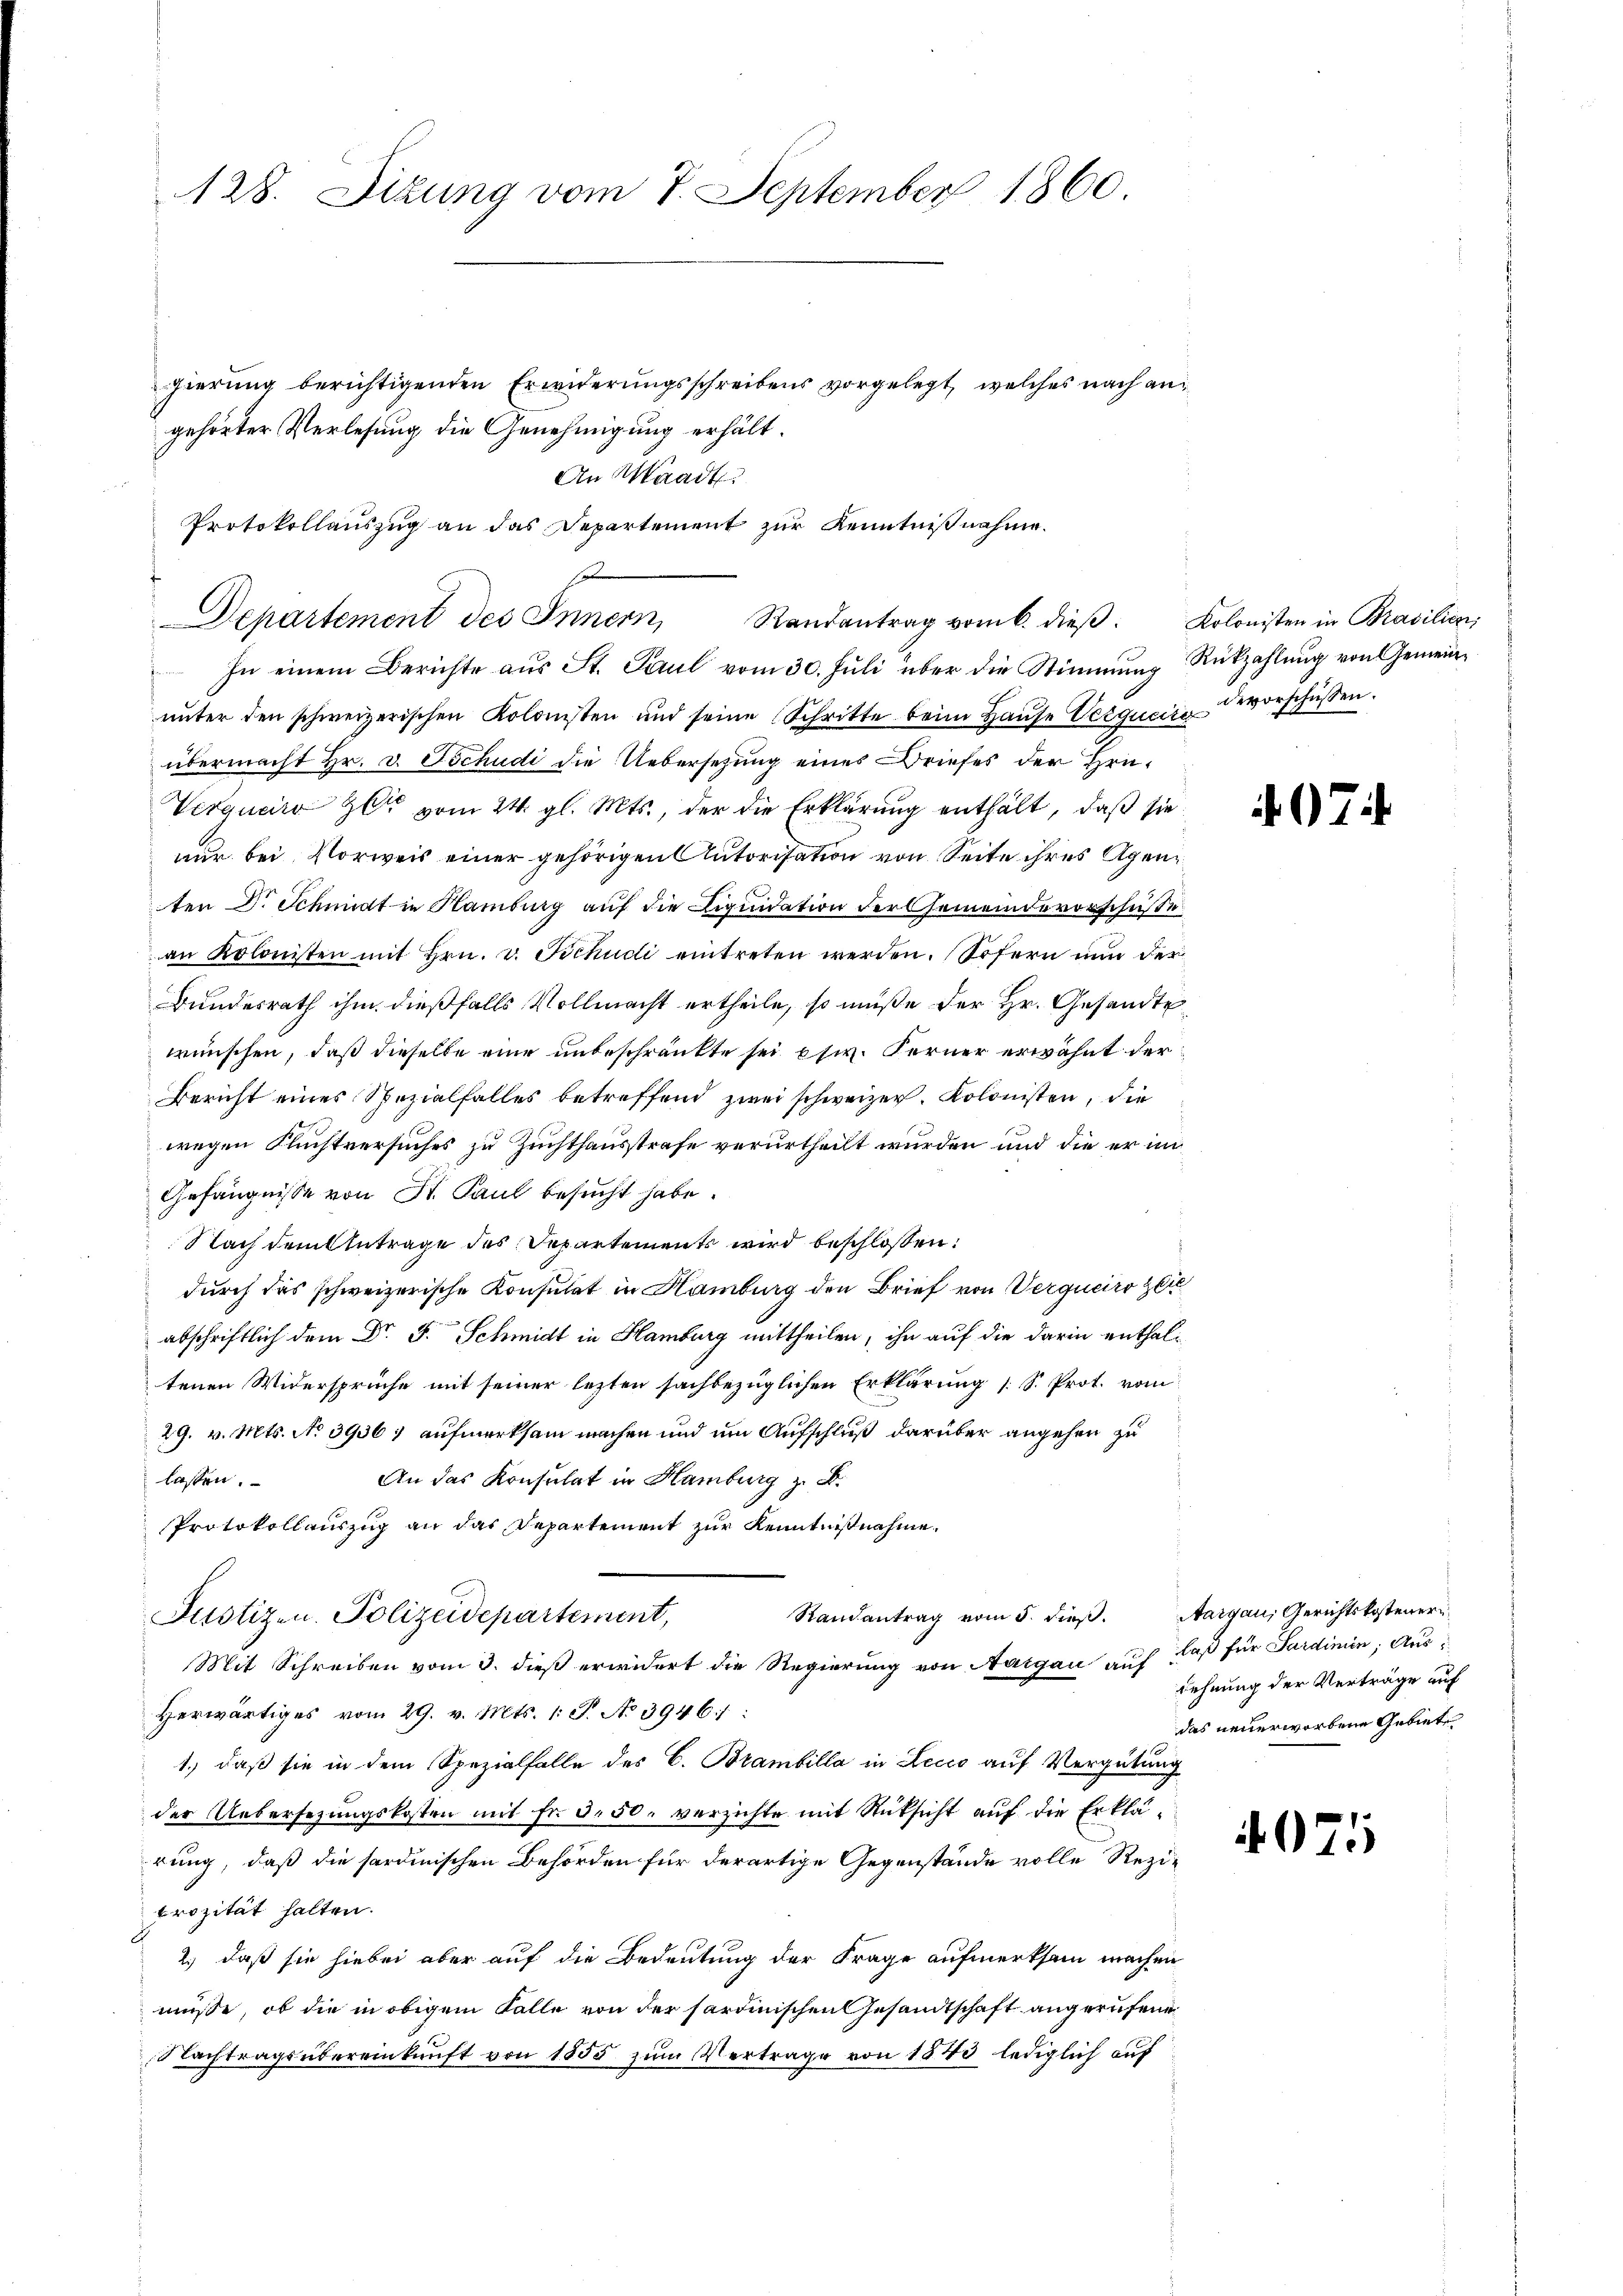
128. Situng vom 7. September 1860.

gierŭng berichtigenden Erwiderŭngsschreibens vorgelegt, welches nach an-
gehörter Verlesung die Genehmigung erhält.
An Waadt
Protokollauszug an das Departement zur Kenntniß nahme.

s
Departement des Innern Randantrag vom 6. dieβ. Kolonisten in Brasilien

In einem Berichte aŭs St. Paul vom 30. Jŭli über die Stimmung Rükzahlŭng von Gemeinŭnter den schweizerischen Kolonisten und seine Schritte beim Haŭse Vergucire vorschüssen.
übermacht Hr. v. Tschudi die Uebersetzung eines Briefes der Hrn.
Verquero zu vom 24. gl. Mts., der die Erklärung enthält, daß sie
nur bei Vorweis einer gehörigen Autorisation von Seite ihres Agen
ten Dr. Schmidt in Hamburg auf die Liquidation der Gemeindevorschüsse
an Kolonisten mit Hrn. v. Tschudi eintreten werden. Sofern nun der
Bundesrath ihm dießfalls Vollmacht ertheile, so müße der Hr. Gesandte
wünschen, daß dieselbe eine unbeschränkte sei esw. Ferner erwähnt der
Bericht eines Spezialfalles betreffend zwei schweizer. Kolonisten, die
wegen Fluchtversuches zu Zuchthausstrafe verurtheilt wurden und die er im
Gefängnisse von St. Paul besucht habe.
Nach dem Antrage des Departements wird beschlossen:
durch das schweizerische Konsulat in Hamburg den Brief von Vergueiro Zeic
abschriftlich dem Dr. F. Schmidt in Hamburg mittheilen, ihn auf die darin enthaltenen Widersprüche mit seiner letzten sachbezüglichen Erklärung (: S. Prot. vom
29. v. Mts. No 3936) aufmerksam machen und um Aufschluß darüber angehen zu
An das Konsulat in Hamburg z. B.
lassen.
Protokollauszug an das Departement zur Kenntnißnahme.
Randantrag vom 5. dieß.
Justizen. Polizeidepartement,
Mit Schreiben vom 3. dieß erwidert die Regierung von Aargau auf
Herwärtiges vom 29. v. Mts. 1. J. No 3946:
1.) daß sie in dem Spezialfalle des C. Brambilla in Lecio auf Vergütung
der Uebersezungskosten mit Fr. 3. 50. verzichte mit Rücksicht auf die Erklärung, daß die fordinischen Behörden für derartige Gegenstände volle Reziprozität halten.
2.) daß sie hiebei aber auf die Bedeutung der Frage aufmerksam machen
müße, ob die in obigem Falle von der sardinischen Gesandtschaft angerufene
Nachtragsübereinkunft von 1855 zum Vertrage von 1840 lediglich auf

67

Aargau, Gerichtskostener
laß für Sardinin, Aus
dehnung der Verträge auf
das neuerworbene Gebiete

4071